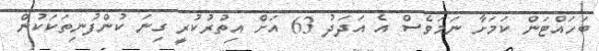
ބަހައްޓަން ކަމަށާ ނަމަވެސް އެ އަދަދު 63 އަށް އިތުރުކުރީ ގިނަ ކުންފުނިތަކަކުން